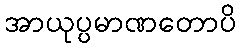
အာယုပ္ပမာဏတောပိ